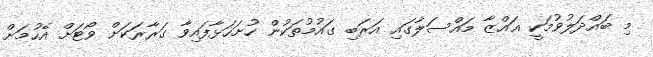
މި ބައްދަލުވުމަކީ ޣައްޒާ މައްސަލާގައި އަރަބި ގައުމުތަކުން ހުށަހަޅާފައިވާ ގަރާރަކަށް ވޯޓަށް އެހުމަށް